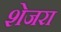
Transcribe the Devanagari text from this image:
शेजरा